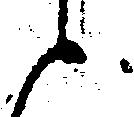
と